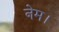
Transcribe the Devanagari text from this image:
नेम।